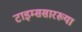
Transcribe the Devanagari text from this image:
टाइम्ससारख्या